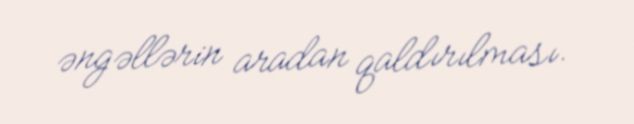
əngəllərin aradan qaldırılması.